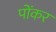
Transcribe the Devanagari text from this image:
पोंकर